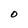
Character: 0